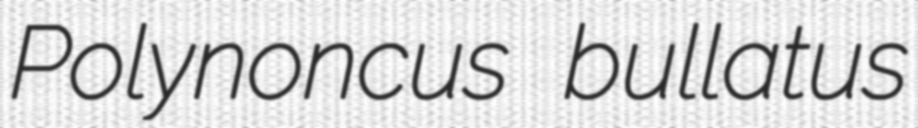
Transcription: Polynoncus bullatus